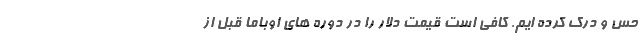
حس و درک کرده ایم. کافی است قیمت دلار را در دوره های اوباما قبل از